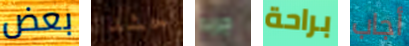
بعض حشد جربه براحة أجاب